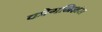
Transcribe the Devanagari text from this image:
कोगनिशंस